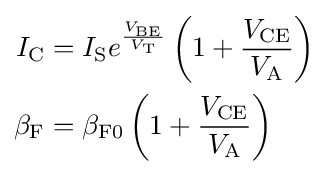
{\begin{aligned}I_{\mathrm {C} }&=I_{\mathrm {S} }e^{\frac {V_{\mathrm {BE} }}{V_{\mathrm {T} }}}\left(1+{\frac {V_{\mathrm {CE} }}{V_{\mathrm {A} }}}\right)\\\beta _{\mathrm {F} }&=\beta _{\mathrm {F0} }\left(1+{\frac {V_{\mathrm {CE} }}{V_{\mathrm {A} }}}\right)\end{aligned}}